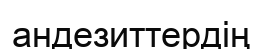
андезиттердің